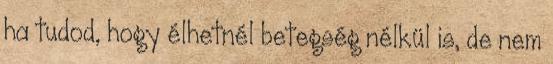
ha tudod, hogy élhetnél betegség nélkül is, de nem